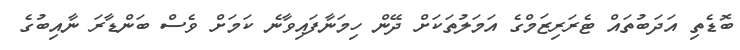
ބޮޑެތި އަދަބުތައް ޓެރަރިޒަމްގެ އަމަލުތަކަށް ދޭން ހިމަނާފައިވާނެ ކަމަށް ވެސް ބަންޑާރަ ނާއިބުގެ